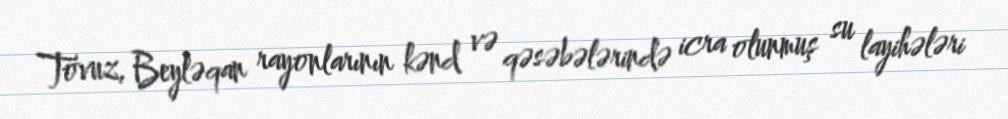
Tovuz, Beyləqan rayonlarının kənd və qəsəbələrində icra olunmuş su layihələri